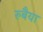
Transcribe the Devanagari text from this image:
रुबैया